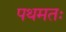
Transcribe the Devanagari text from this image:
पथमतः